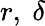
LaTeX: r,~\delta